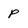
Character: p